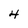
Character: 4